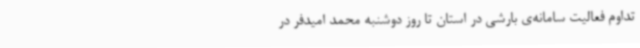
تداوم فعالیت سامانه‌ی بارشی در استان تا روز دوشنبه محمد امیدفر در